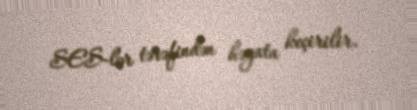
SES-lər tərəfindən həyata keçirilir.